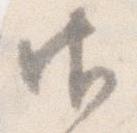
御